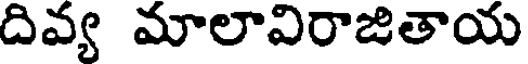
దివ్య మాలావిరాజితాయ